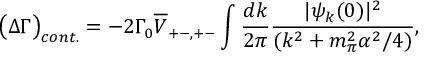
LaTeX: \big ( \Delta \Gamma \big ) _ { c o n t . } = - 2 \Gamma _ { 0 } \overline { { V } } _ { + - , + - } \int \frac { d k } { 2 \pi } \frac { \vert \psi _ { k } ( 0 ) \vert ^ { 2 } } { ( k ^ { 2 } + m _ { \pi } ^ { 2 } \alpha ^ { 2 } / 4 ) } ,